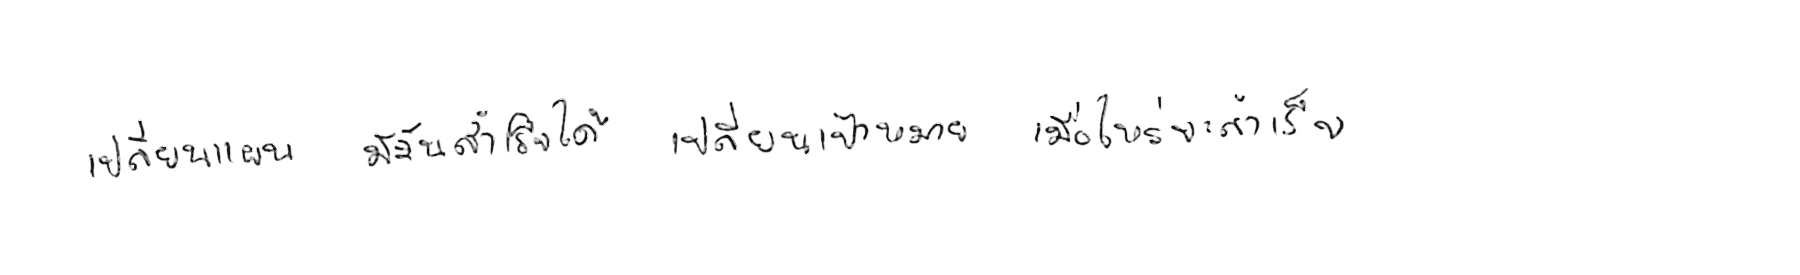
เปลี่ยนแผน มีวันสำเร็จได้ เปลี่ยนเป้าหมาย เมื่อไหร่จะสำเร็จ